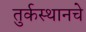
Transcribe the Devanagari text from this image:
तुर्कस्थानचे